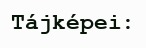
Tájképei: